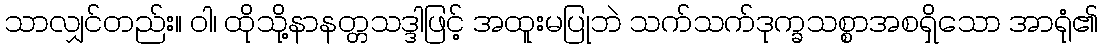
သာလျှင်တည်း။ ဝါ၊ ထိုသို့နာနတ္တသဒ္ဒါဖြင့် အထူးမပြုဘဲ သက်သက်ဒုက္ခသစ္စာအစရှိသော အာရုံ၏